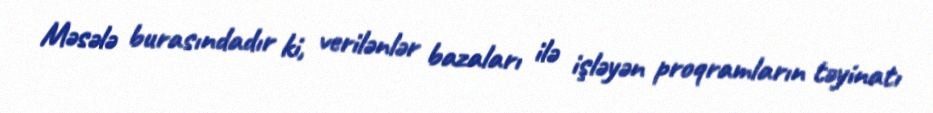
Məsələ burasındadır ki, verilənlər bazaları ilə işləyən proqramların təyinatı